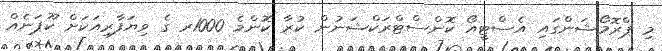
މި ޕްރޮމޯޝަންގައި އެސްޓީއޯ ކޮންސްޓްރަކްޝަނުން ކުރާ ކޮންމެ 1000ރ ގެ ވިޔަފާރިއަކަށް ކޫޕަނެއް